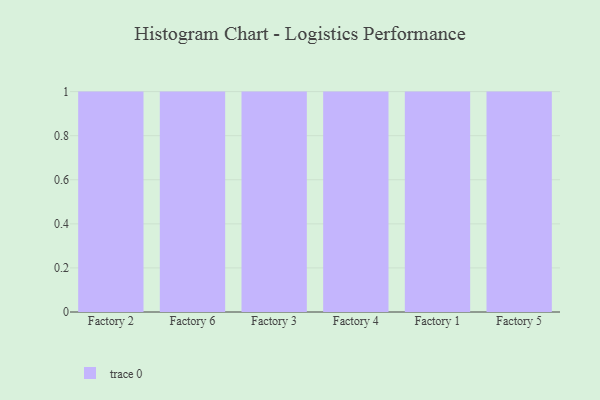
{"axis": {"x": "Factory", "y": "Backlog"}, "legend": [""], "data": [{"x": "Factory 2", "y": 73, "type": ""}, {"x": "Factory 6", "y": 21, "type": ""}, {"x": "Factory 3", "y": 51, "type": ""}, {"x": "Factory 4", "y": 48, "type": ""}, {"x": "Factory 1", "y": 36, "type": ""}, {"x": "Factory 5", "y": 13, "type": ""}]}